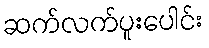
ဆက်လက်ပူးပေါင်း